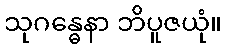
သုဂန္ဓေနာ ဘိပူဇယုံ။